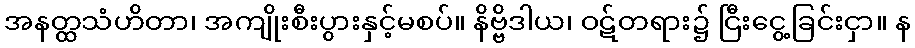
အနတ္ထသံဟိတာ၊ အကျိုးစီးပွားနှင့်မစပ်။ နိဗ္ဗိဒါယ၊ ဝဋ်တရား၌ ငြီးငွေ့ခြင်းငှာ။ န